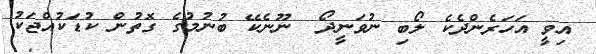
އިވީ އަހަރެންދެކެ ލޯބި ނުވަނީދޯ  ނޫނެކޭ ބުނުމުގެ ގޮތުން ކުޑަކުއްޖަކު